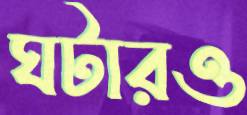
ঘটারও